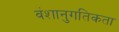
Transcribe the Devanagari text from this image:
वंशानुगतिकता